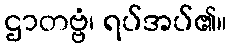
ဌာတဗ္ဗံ၊ ရပ်အပ်၏။